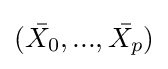
({\bar {X_{0}}},...,{\bar {X_{p}}})